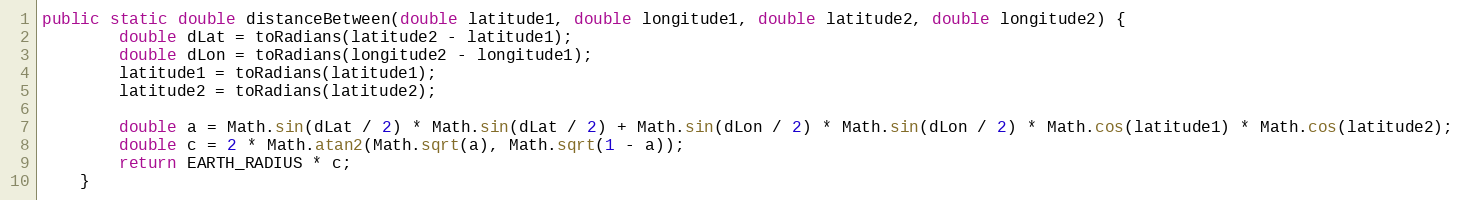
Language: Java
public static double distanceBetween(double latitude1, double longitude1, double latitude2, double longitude2) {
        double dLat = toRadians(latitude2 - latitude1);
        double dLon = toRadians(longitude2 - longitude1);
        latitude1 = toRadians(latitude1);
        latitude2 = toRadians(latitude2);

        double a = Math.sin(dLat / 2) * Math.sin(dLat / 2) + Math.sin(dLon / 2) * Math.sin(dLon / 2) * Math.cos(latitude1) * Math.cos(latitude2);
        double c = 2 * Math.atan2(Math.sqrt(a), Math.sqrt(1 - a));
        return EARTH_RADIUS * c;
    }